Investigations on Bengal jail dietaries - Number 37
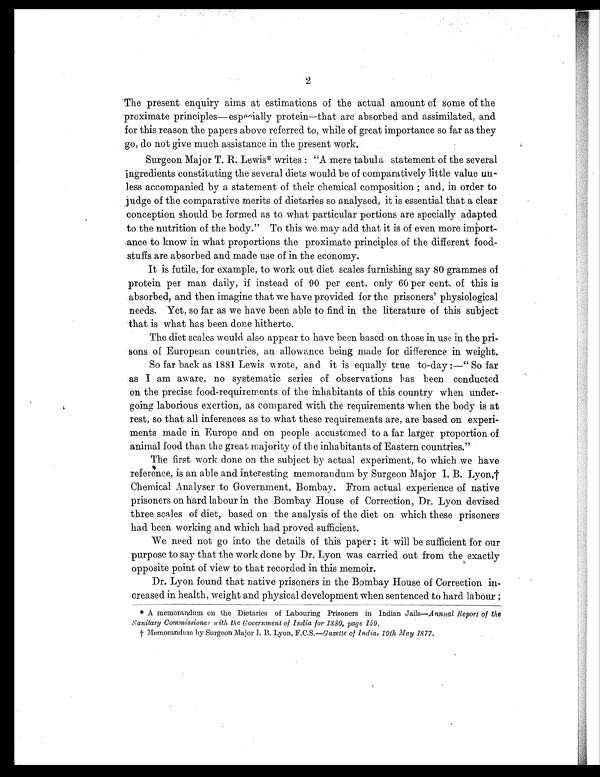
2
The present enquiry aims at estimations of the actual amount of some of the
proximate principles— especially protein—that are absorbed and assimilated, and
for this reason the papers above referred to, while of great importance so far as they
go, do not give much assistance in the present work.
Surgeon Major T. R. Lewis* writes : "A mere tabula statement of the several
ingredients constituting the several diets would be of comparatively little value un-
less accompanied by a statement of their chemical composition ; and, in order to
judge of the comparative merits of dietaries so analysed, it is essential that a clear
conception should be formed as to what particular portions are specially adapted
to the nutrition of the body." To this we may add that it is of even more import-
ance to know in what proportions the proximate principles of the different food-
- s t u f f s a r e a b s o r b e d a n d m a d e u s e o f i n t h e e c o n o m y .
It is futile, for example, to work out diet scales furnishing say 80 grammes of
protein per man daily, if instead of 90 per cent. only 60 per cent. of this is
absorbed, and then imagine that we have provided for the prisoners' physiological
needs. Yet, so far as we have been able to find in the literature of this subject
that is what has been done hitherto.
The diet scales would also appear to have been based on those in use in the pri-
sons of European countries, an allowance being made for difference in weight.
So far back as 1881 Lewis wrote, and it is equally true to-day :—" So far
as I am aware, no systematic series of observations has been conducted
on the precise food-requirements of the inhabitants of this country when under-
going laborious exertion, as compared with the requirements when the body is at
rest, so that all inferences as to what these requirements are, are based on experi-
ments made in Europe and on people accustomed to a far larger proportion of
animal food than the great majority of the inhabitants of Eastern countries."
The first work done on the subject by actual experiment, to which we have
reference, is an able and interesting memorandum by Surgeon Major I. B. Lyon,†
Chemical Analyser to Government, Bombay. From actual experience of native
prisoners on hard labour in the Bombay House of Correction, Dr. Lyon devised
three scales of diet, based on the analysis of the diet on which these prisoners
had been working and which had proved sufficient.
We need not go into the details of this paper : it will be sufficient for our
purpose to say that the work done by Dr. Lyon was carried out from the exactly
opposite point of view to that recorded in this memoir.
Dr. Lyon found that native prisoners in the Bombay House of Correction in-
creased in health, weight and physical development when sentenced to hard labour ;
* A memorandum on the Dietaries of Labouring Prisoners in Indian Jails--A nnual Report of the
sanitary Commissioner with, the Covernment of India for 1880, page 159.
† Memorandum by Surgeon Major I. B. Lyon, F.C.S.—Gazette of India, 19th May 1877.